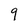
Character: 9